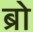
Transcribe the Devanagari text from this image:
ब्रो